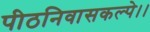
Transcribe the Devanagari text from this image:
पीठनिवासकल्पे।।